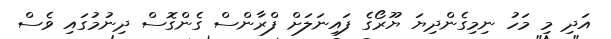
އަދި މި މަހު ނިމިގެންދިޔަ ޔޫރޯގެ ފައިނަލަށް ފްރާންސް ގެންގޮސް ދިނުމުގައި ވެސް